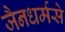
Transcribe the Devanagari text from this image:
जैनधर्मसे